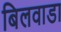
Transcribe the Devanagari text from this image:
बिलवाडा